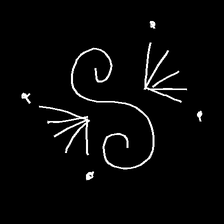
Glyph: aeroform